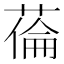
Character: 𦷉